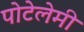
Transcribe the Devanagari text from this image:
पोटेलेमी